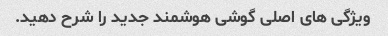
ویژگی های اصلی گوشی هوشمند جدید را شرح دهید.